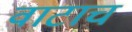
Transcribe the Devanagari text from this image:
वाटाच